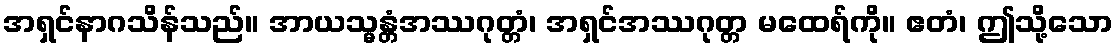
အရှင်နာဂသိန်သည်။ အာယသ္မန္တံအဿဂုတ္တံ၊ အရှင်အဿဂုတ္တ မထေရ်ကို။ ဧတံ၊ ဤသို့သော